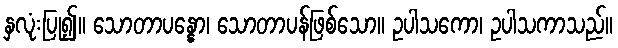
နှလုံးပြု၍။ သောတာပန္နော၊ သောတာပန်ဖြစ်သော။ ဥပါသကော၊ ဥပါသကာသည်။